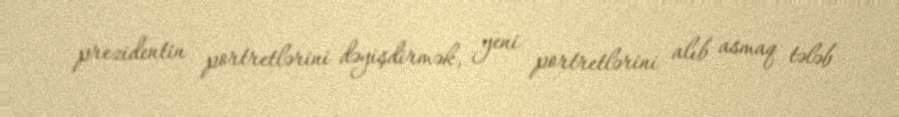
prezidentin portretlərini dəyişdirmək, yeni portretlərini alıb asmaq tələb